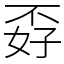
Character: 孬